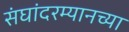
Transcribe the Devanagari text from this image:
संघांदरम्यानच्या